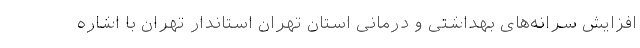
افزایش سرانه‌های بهداشتی و درمانی استان تهران استاندار تهران با اشاره